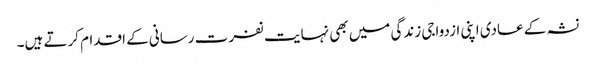
نشہ کے عادی اپنی ازدواجی زندگی میں بھی نہایت نفرت رسانی کے اقدام کرتے ہیں۔